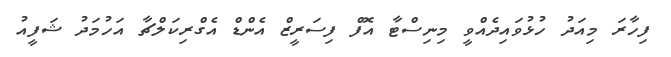
ފިހާރަ މިއަދު ހުޅުވައިދެއްވީ މިނިސްޓާ އޮފް ފިސަރީޒް އެންޑް އެގްރިކަލްޗާ އަހުމަދު ޝަފީއު